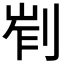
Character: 𠜿